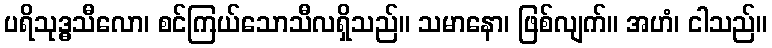
ပရိသုဒ္ဓသီလော၊ စင်ကြယ်သောသီလရှိသည်။ သမာနော၊ ဖြစ်လျက်။ အဟံ၊ ငါသည်။